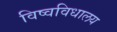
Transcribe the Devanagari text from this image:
विष्वविधालय